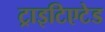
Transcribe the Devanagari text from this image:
ट्राइटिएटेड